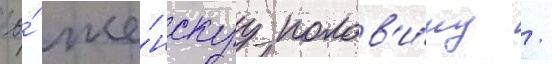
ео́ же́нскуу полов'и́ну /